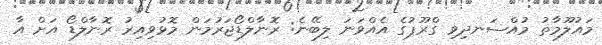
މައުލޫމާތު މުއްސަނދިވި ގްރޫޕުގެ އެއްވަނަ ލިބޭނެ: ރޮނާލްޑޯޖަރުމަން މޮޅުވިއިރު ރޮނާލްޑޯ އަށް އާ